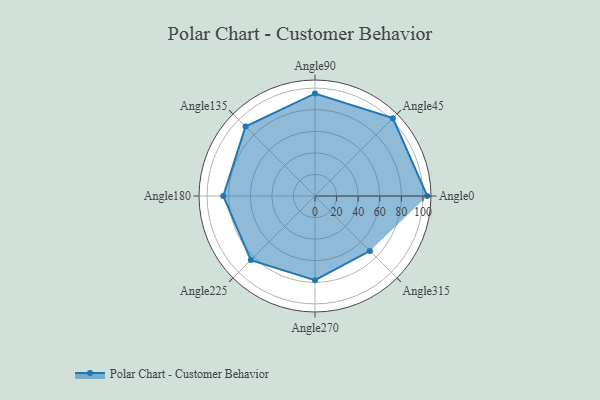
{"axis": {"x": "Angle", "y": "Radius"}, "legend": [""], "data": [{"x": "Angle0", "y": 104.0, "type": ""}, {"x": "Angle45", "y": 102.0, "type": ""}, {"x": "Angle90", "y": 95.0, "type": ""}, {"x": "Angle135", "y": 91.0, "type": ""}, {"x": "Angle180", "y": 85.0, "type": ""}, {"x": "Angle225", "y": 84.0, "type": ""}, {"x": "Angle270", "y": 78.0, "type": ""}, {"x": "Angle315", "y": 72.0, "type": ""}]}